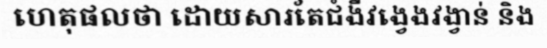
ហេតុផលថា ដោយសារតែជំងឺវង្វេងវង្វាន់ និង